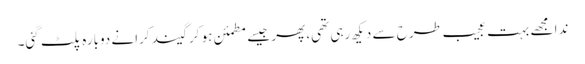
ندا مجھے بہت عجیب طرح سے دیکھ رہی تھی، پھر جیسے مطمئن ہو کر گیند کرانے دوبارہ پلٹ گئی۔